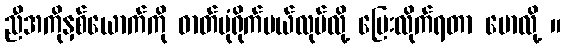
ညီအကိုနှစ်ယောက်ကို ဓာတ်ပုံရိုက်မယ်လုပ်လို့ ပြေးလိုက်ရတာ မောလို့ ။